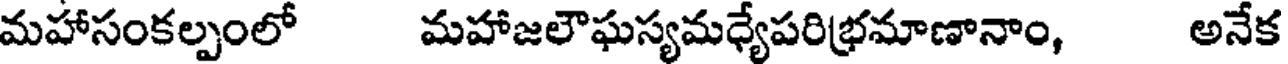
మహాసంకల్పంలో మహాజలౌఘస్యమధ్యేపరిభ్రమాణానాం, అనేక